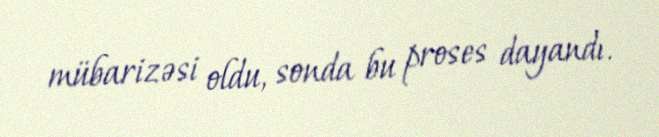
mübarizəsi oldu, sonda bu proses dayandı.